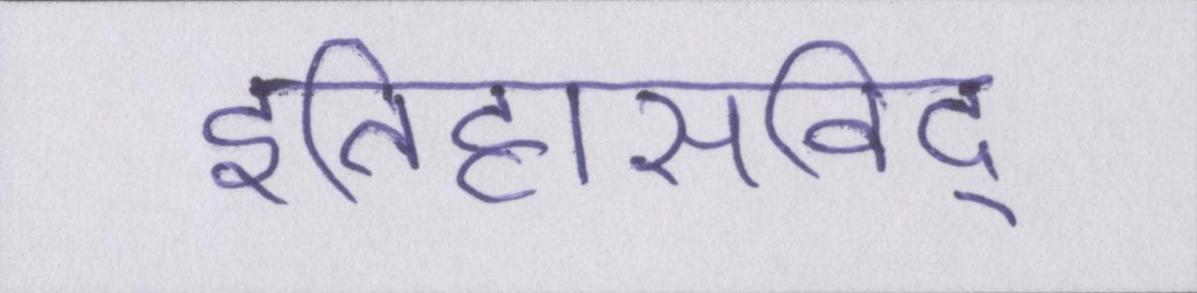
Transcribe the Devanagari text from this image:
इतिहासविद्